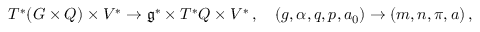
\begin{array} { r } { T ^ { * } ( G \times Q ) \times V ^ { * } \rightarrow \mathfrak { g } ^ { * } \times T ^ { * } Q \times V ^ { * } \, , \quad ( g , \alpha , q , p , a _ { 0 } ) \rightarrow ( m , n , \pi , a ) \, , } \end{array}